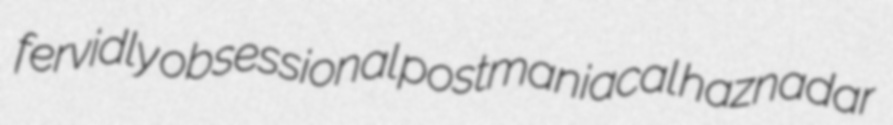
fervidly obsessional postmaniacal haznadar